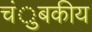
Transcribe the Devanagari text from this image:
चंुबकीय